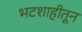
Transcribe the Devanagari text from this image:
भटशाहीतून